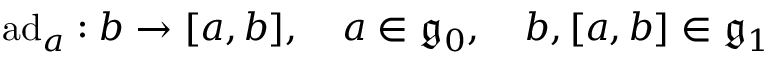
\mathrm { a d } _ { a } : b \rightarrow [ a , b ] , \quad a \in { \mathfrak { g } } _ { 0 } , \quad b , [ a , b ] \in { \mathfrak { g } } _ { 1 }